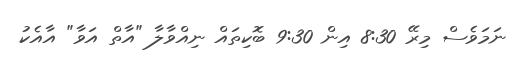
ނަމަވެސް މިރޭ 8:30 އިން 9:30 ބޮކިތައް ނިއްވާލާ "އާތް އަވާ" އާއެކު